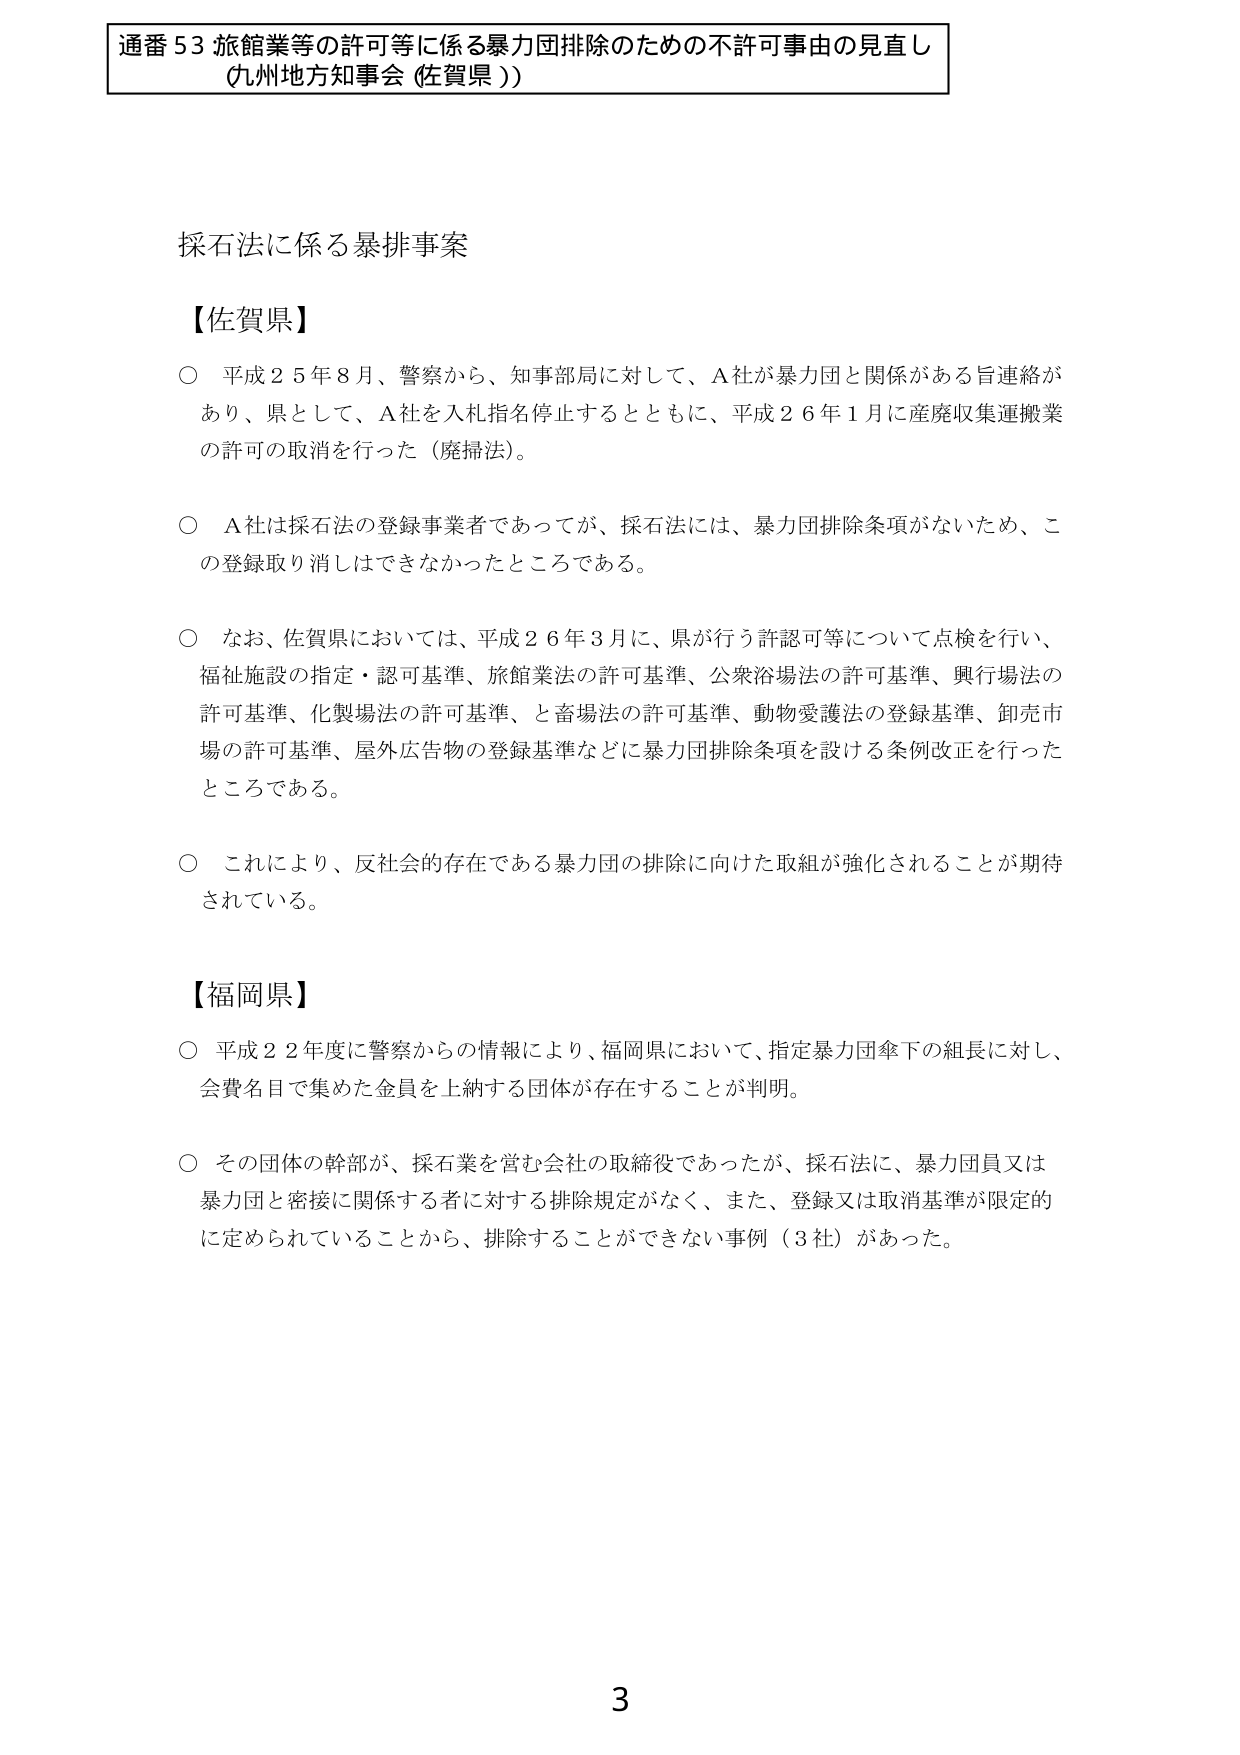
通番53 旅館業等の許可等に係る暴力団排除のための不許可事由の見直し
（九州地方知事会（佐賀県））

採石法に係る暴排事案

【佐賀県】
○ 平成25年8月、警察から、知事部局に対して、A社が暴力団と関係がある旨連絡があり、県として、A社を入札指名停止するとともに、平成26年1月に産廃収集運搬業の許可の取消を行った（廃掃法）。
○ A社は採石法の登録事業者であったが、採石法には、暴力団排除条項がないため、この登録取り消しはできなかったところである。
○ なお、佐賀県においては、平成26年3月に、県が行う許認可等について点検を行い、福祉施設の指定・認可基準、旅館業法の許可基準、公衆浴場法の許可基準、興行場法の許可基準、化製場法の許可基準、と畜場法の許可基準、動物愛護法の登録基準、卸売市場の許可基準、屋外広告物の登録基準などに暴力団排除条項を設ける条例改正を行ったところである。
○ これにより、反社会的存在である暴力団の排除に向けた取組が強化されることが期待されている。

【福岡県】
○ 平成22年度に警察からの情報により、福岡県において、指定暴力団傘下の組長に対し、会費名目で集めた金員を上納する団体が存在することが判明。
○ その団体の幹部が、採石業を営む会社の取締役であったが、採石法に、暴力団員又は暴力団と密接に関係する者に対する排除規定がなく、また、登録又は取消基準が限定的に定められていることから、排除することができない事例（3社）があった。

3